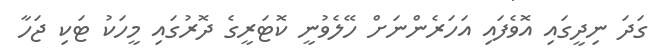
ގަދަ ނިދީގައި އޮވެފައި އަހަރެންނަށް ހޭލެވުނީ ކޮޓަރީގެ ދޮރުގައި މީހަކު ޓަކި ޖަހާ